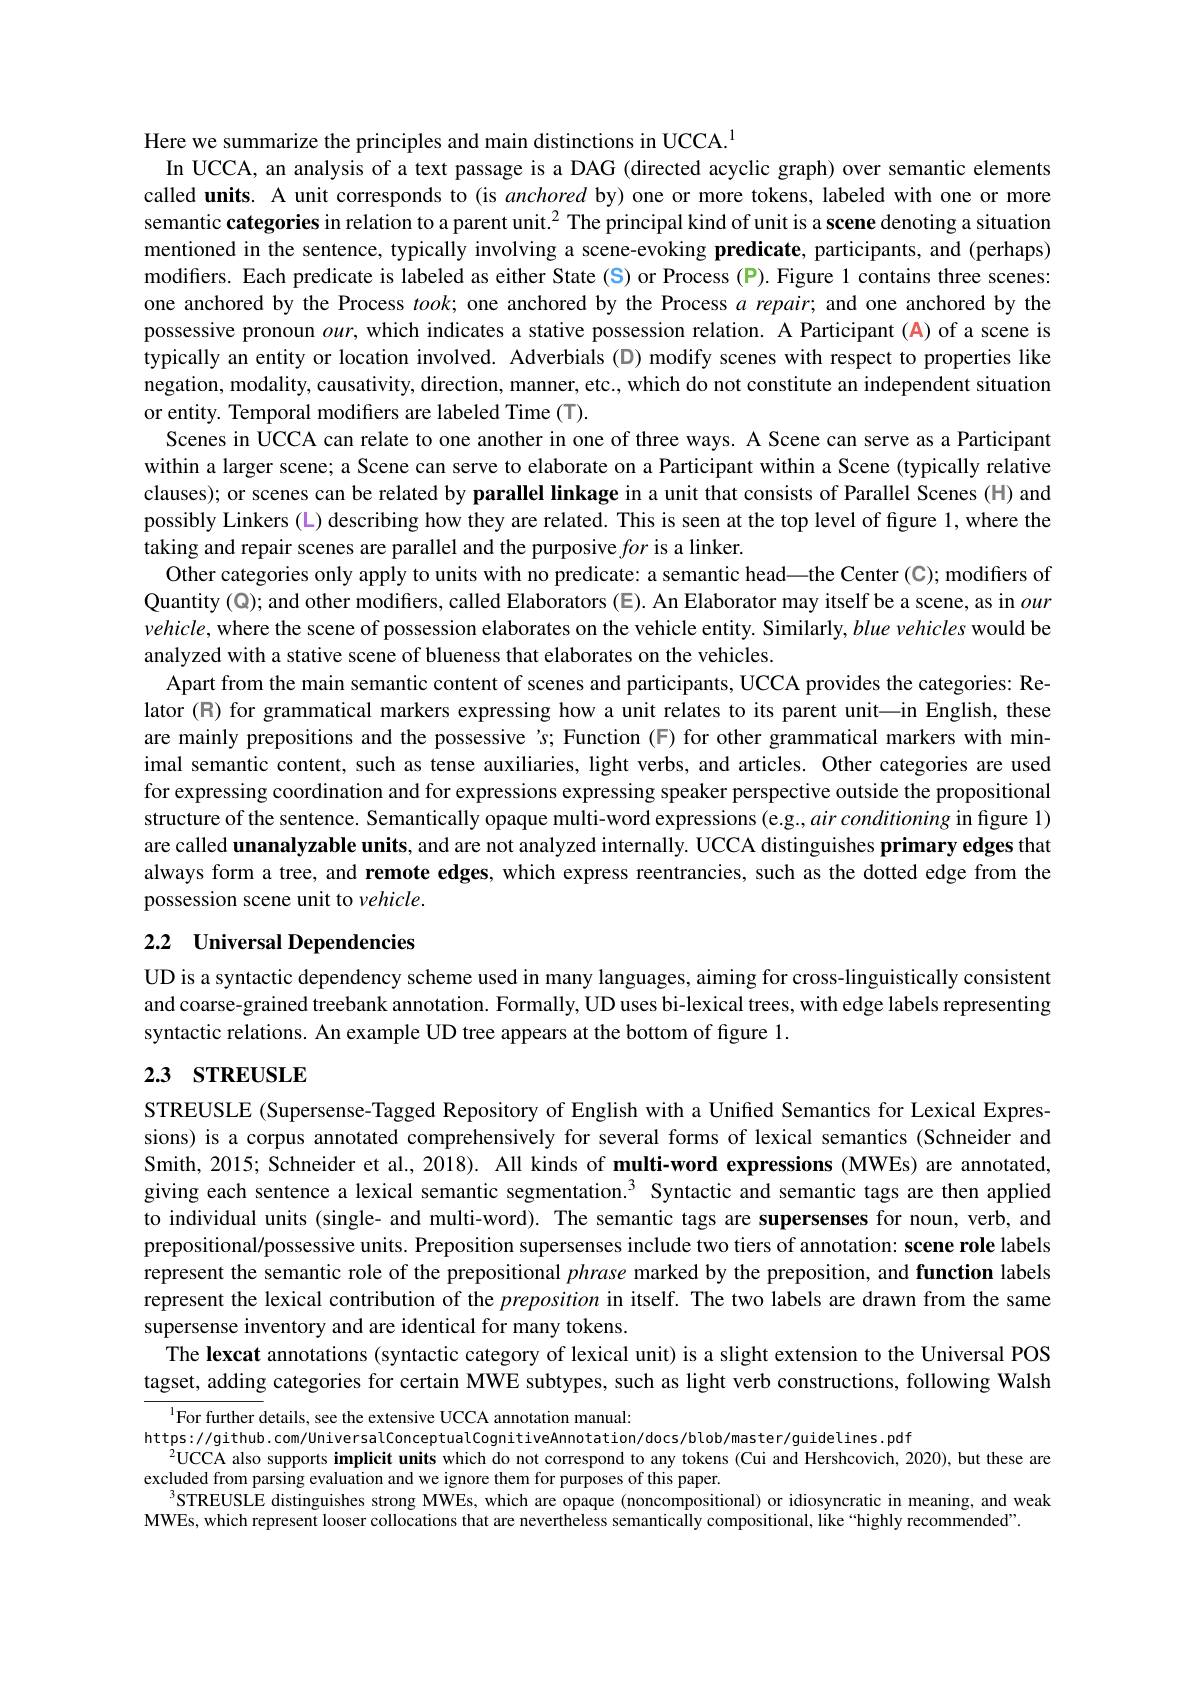
Here we summarize the principles and main distinctions in UCCA.$^{1}$
In UCCA, an analysis of a text passage is a DAG (directed acyclic graph) over semantic elements called units. A unit corresponds to (is anchored by) one or more tokens, labeled with one or more semantic categories in relation to a parent unit.$^{2}$ The principal kind of unit is a scene denoting a situation mentioned in the sentence, typically involving a scene-evoking predicate, participants, and (perhaps) modifiers. Each predicate is labeled as either State (S) or Process (P). Figure 1 contains three scenes: one anchored by the Process $took;$ one anchored by the Process $a$ repair; and one anchored by the possessive pronoun $our$, which indicates a stative possession relation. A Participant (A) of a scene is typically an entity or location involved. Adverbials (D) modify scenes with respect to properties like negation, modality, causativity, direction, manner, etc., which do not constitute an independent situation or entity. Temporal modifiers are labeled Time (T).
Scenes in UCCA can relate to one another in one of three ways. A Scene can serve as a Participant within a larger scene; a Scene can serve to elaborate on a Participant within a Scene (typically relative clauses); or scenes can be related by parallel linkage in a unit that consists of Parallel Scenes (H) and possibly Linkers (L) describing how they are related. This is seen at the top level of figure 1, where the taking and repair scenes are parallel and the purposive for is a linker.
Other categories only apply to units with no predicate: a semantic head—the Center (C); modifiers of Quantity ( Q); and other modifiers, called Elaborators (E). An Elaborator may itself be a scene, as in our $vehicle$, where the scene of possession elaborates on the vehicle entity. Similarly, blue vehicles would be analyzed with a stative scene of blueness that elaborates on the vehicles
Apart from the main semantic content of scenes and participants, UCCA provides the categories: Relator (R) for grammatical markers expressing how a unit relates to its parent unit—in English, these are mainly prepositions and the possessive 's; Function (F) for other grammatical markers with minimal semantic content, such as tense auxiliaries, light verbs, and articles. Other categories are used for expressing coordination and for expressions expressing speaker perspective outside the propositional structure of the sentence. Semantically opaque multi-word expressions (e.g., air conditioning in figure 1) are called unanalyzable units, and are not analyzed internally. UCCA distinguishes primary edges that always form a tree, and remote edges, which express reentrancies, such as the dotted edge from the possession scene unit to vehicle.

# 2.2 Universal Dependencies

UD is a syntactic dependency scheme used in many languages, aiming for cross-linguistically consistent and coarse-grained treebank annotation. Formally, UD uses bi-lexical trees, with edge labels representing syntactic relations. An example UD tree appears at the bottom of figure 1.

# 2.3 sTREUSLE

STREUSLE (Supersense-Tagged Repository of English with a Unified Semantics for Lexical Expressions) is a corpus annotated comprehensively for several forms of lexical semantics (Schneider and Smith, 2015; Schneider et al., 2018). All kinds of multi-word expressions (MWEs) are annotated, giving each sentence a lexical semantic segmentation.$^{3}$ Syntactic and semantic tags are then applied to individual units (single- and multi-word). The semantic tags are supersenses for noun, verb, and prepositional/possessive units. Preposition supersenses include two tiers of annotation: scene role labels represent the semantic role of the prepositional phrase marked by the preposition, and function labels represent the lexical contribution of the preposition in itself. The two labels are drawn from the same supersense inventory and are identical for many tokens.
The lexcat annotations (syntactic category of lexical unit) is a slight extension to the Universal POS tagset, adding categories for certain MWE subtypes, such as light verb constructions, following Walsh

$^{1}$For further details, see the extensive UCCA annotation manual:
https://github.com/UniversalConceptualCognitiveAnnotation/docs/blob/master/guidelines.pdf
$^{2}$UCCA also supports implicit units which do not correspond to any tokens (Cui and Hershcovich, 2020), but these are
excluded from parsing evaluation and we ignore them for purposes of this paper.
$STREUSLE$ distinguishes strong MWEs, which are opaque (noncompositional) or idiosyncratic in meaning, and weak
MWEs, which represent looser collocations that are nevertheless semantically compositional, like“highly recommended”.